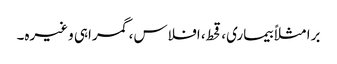
برا مثلاً بیماری، قحط، افلاس، گمراہی وغیرہ۔